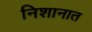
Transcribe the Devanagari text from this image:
निशानात